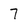
Character: 7